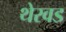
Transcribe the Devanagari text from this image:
थेरवड